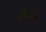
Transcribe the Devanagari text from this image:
ईलेशान